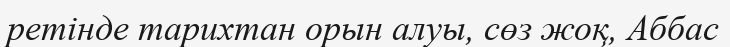
ретінде тарихтан орын алуы, сөз жоқ, Аббас